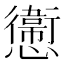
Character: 㦣